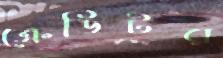
ক্রেডিটর